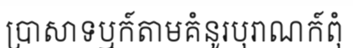
ប្រាសាទឬក៍តាមគំនូរបុរាណក៍ពុំ